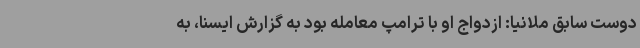
دوست سابق ملانیا: ازدواج او با ترامپ معامله بود به گزارش ایسنا، به